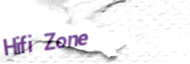
Hifi Zone